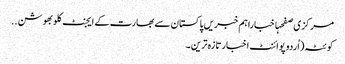
مرکزی صفحہاخباراہم خبریں پاکستان سے بھارت کے ایجنٹ کلوبھوشن ..
کوئٹہ(اُردو پوائنٹ اخبارتازہ ترین۔